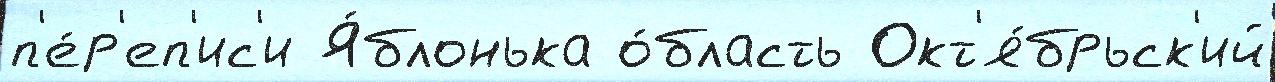
п'е́р'еп'ис'и Я́блонька о́бласть Окт'я́брьск'ий